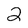
Character: 2